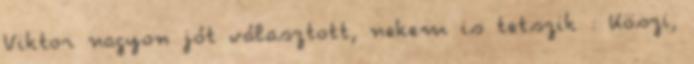
Viktor nagyon jót választott, nekem is tetszik : Köszi,